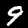
Label: 9